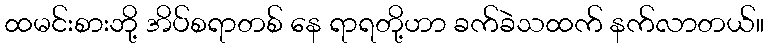
ထမင်းစားဘို့ အိပ်စရာတစ် နေ ရာရတို့ဟာ ခက်ခဲသထက် နက်လာတယ်။